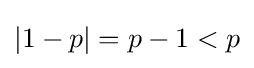
|1-p|=p-1<p